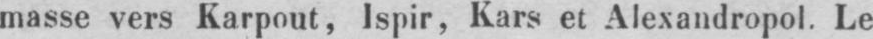
masse vers Karpout, Ispir, Kars et Alexandropol. Le